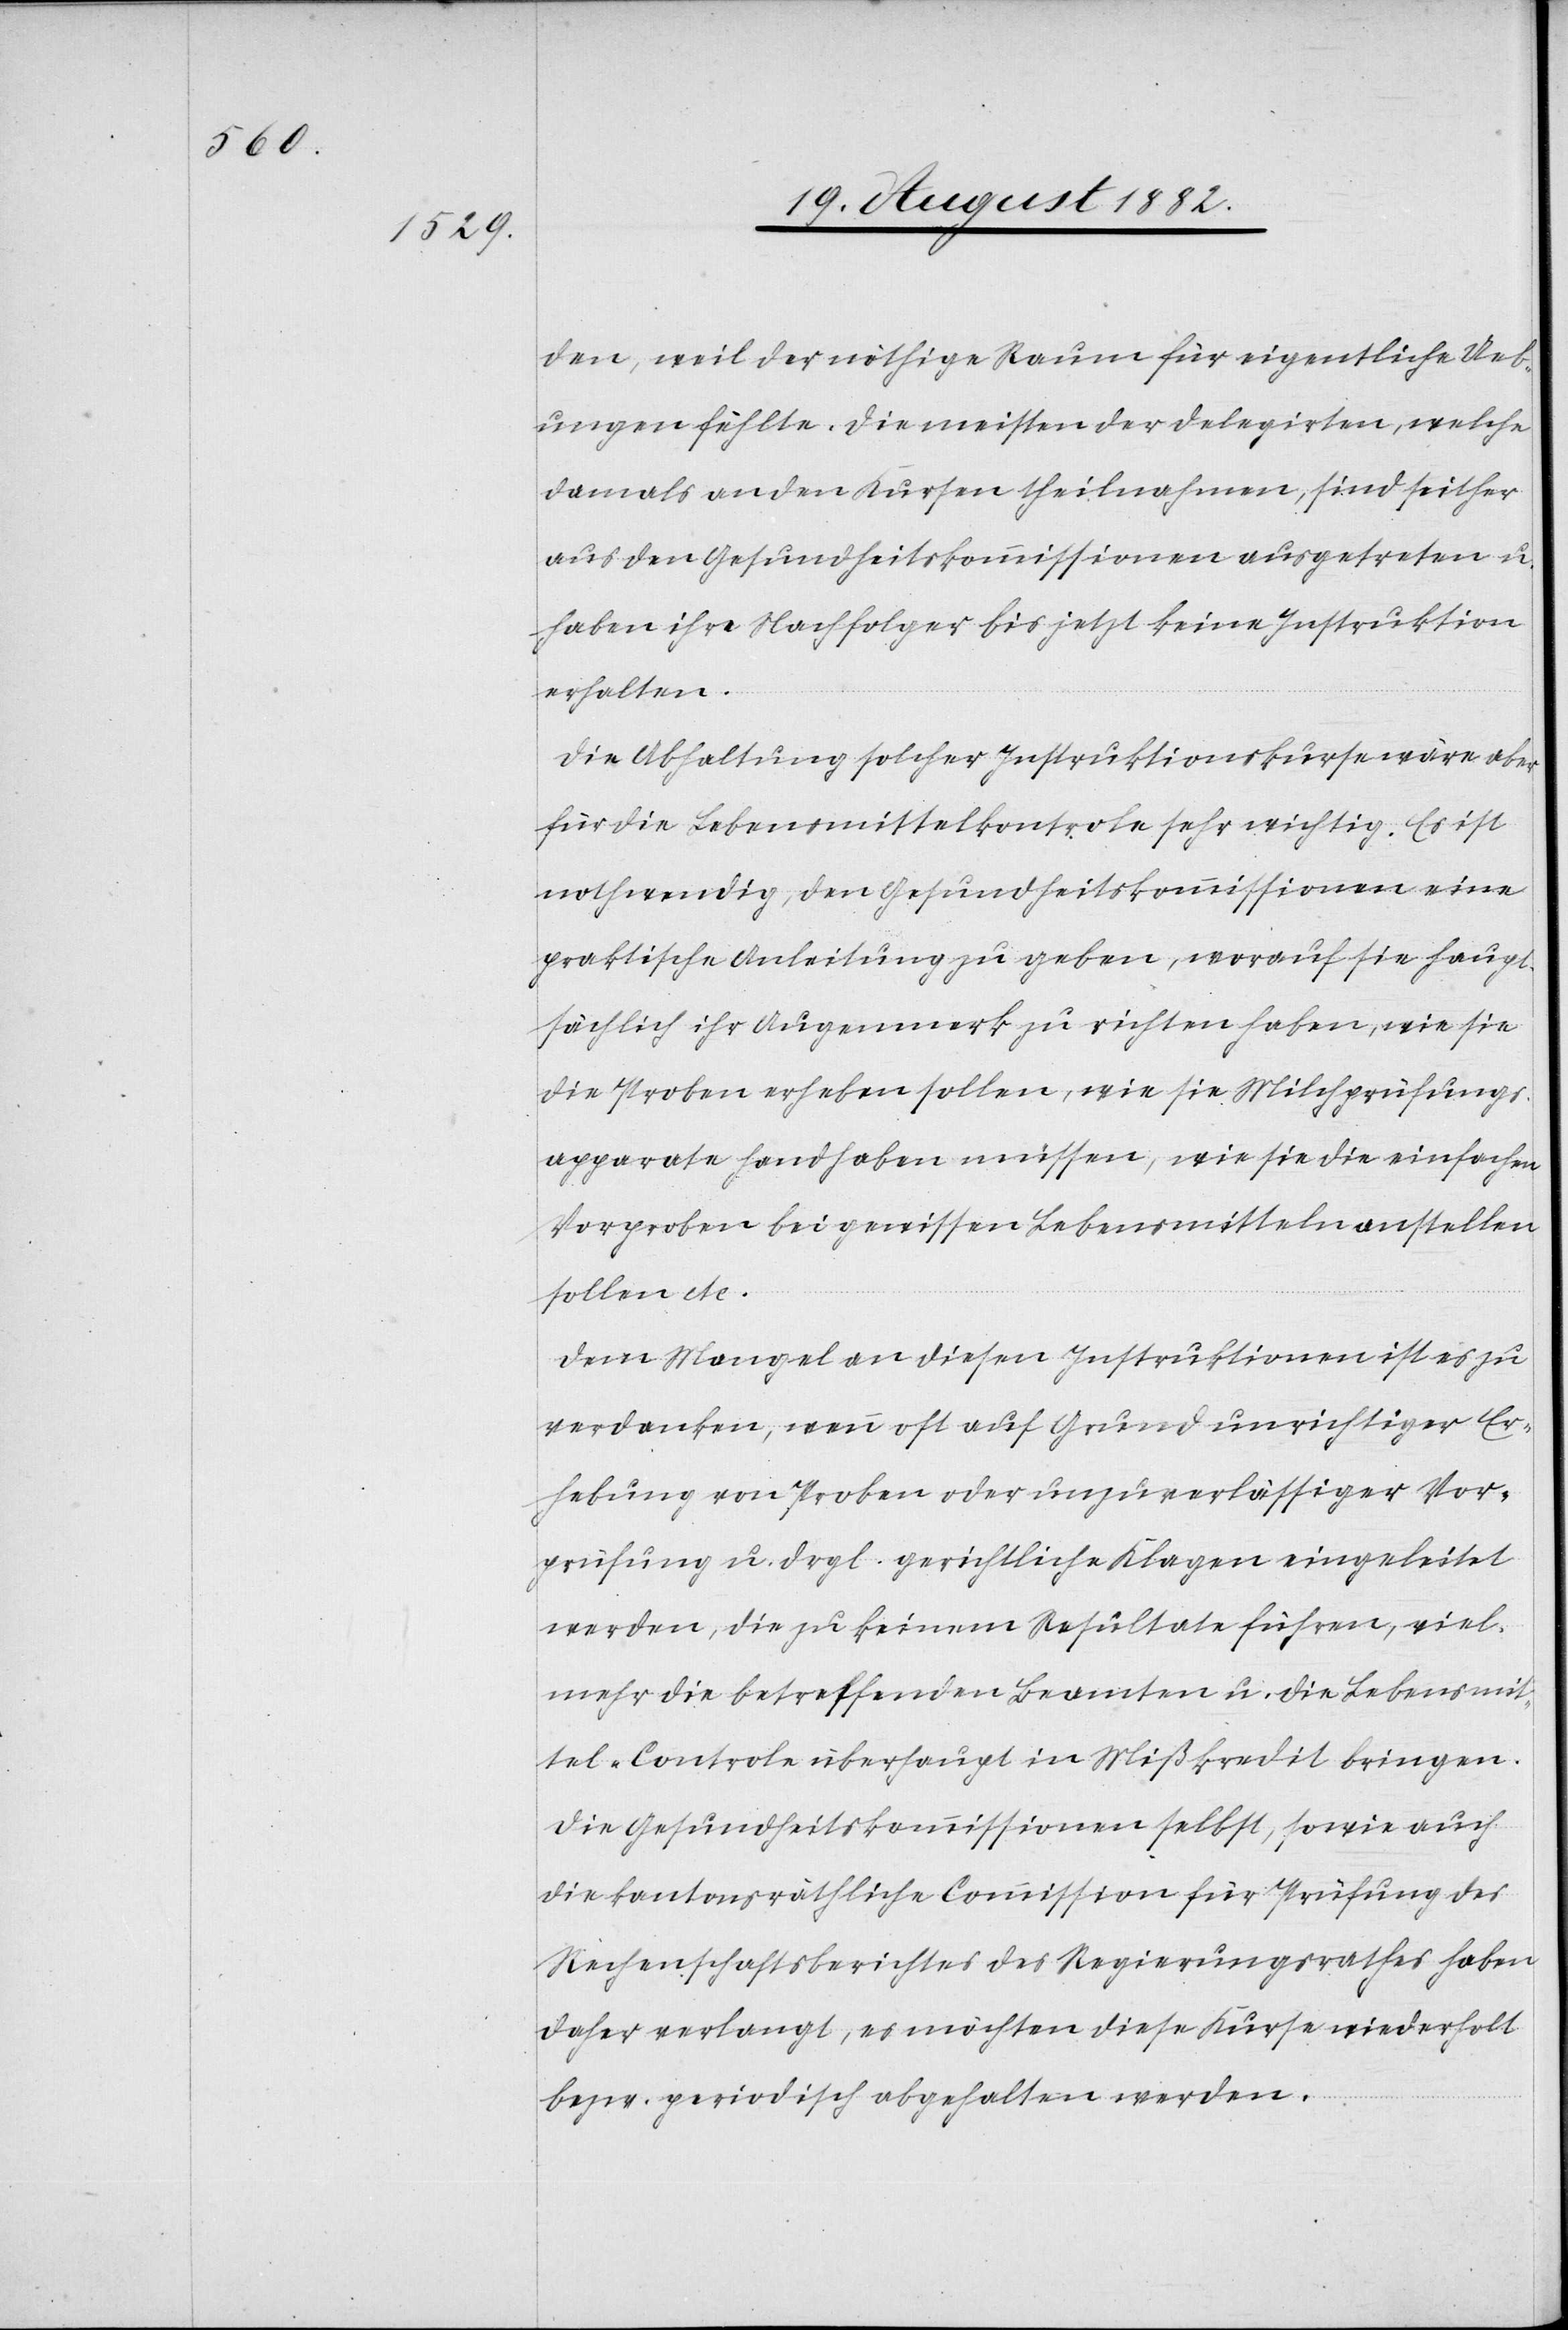
den, weil der nöthige Raum für eigentliche Ueb¬
ungen fehlte. Die meisten der Delegirten, welche
damals an den Kursen theilnahmen, sind seither
aus den Gesundheitskommissionen ausgetreten u.
haben ihre Nachfolger bis jetzt keine Instruktion
erhalten.
Die Abhaltung solcher Instruktionskurse wäre aber
für die Lebensmittelkontrole sehr wichtig. Es ist
nothwendig, den Gesundheitskommissionen eine
praktische Anleitung zu geben, worauf sie haupt¬
sächlich ihr Augenmerk zu richten haben, wie sie
die Proben erheben sollen, wie sie Milchprüfungs¬
apparate handhaben müssen, wie sie die einfachen
Vorproben bei gewissen Lebensmitteln anstellen
sollen etc.
Dem Mangel an diesen Instruktionen ist es zu
verdanken, wenn oft auf Grund unrichtiger Er¬
hebung von Proben oder unzuverlässiger Vor¬
prüfung u. drgl. gerichtliche Klagen eingeleitet
werden, die zu keinem Resultate führen, viel¬
mehr die betreffenden Beamten u. die Lebensmit¬
tel-Controle überhaupt in Mißkredit bringen.
Die Gesundheitskommissionen selbst, sowie auch
die kantonsräthliche Commission für Prüfung des
Rechenschaftsberichtes des Regierungsrathes haben
daher verlangt, es möchten diese Kurse wiederholt
bezw. periodisch abgehalten werden.